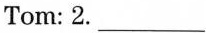
Tom: 2.___